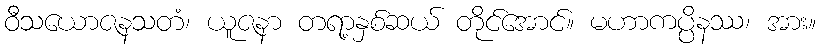
ဝီသယောဇနသတံ၊ ယူဇနာ တရာ့နှစ်ဆယ် တိုင်အောင်။ မဟာကပ္ပိနဿ၊ အား။